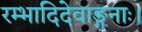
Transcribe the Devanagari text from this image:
रम्भादिदेवाङ्गनाः।